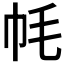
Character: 𫷀